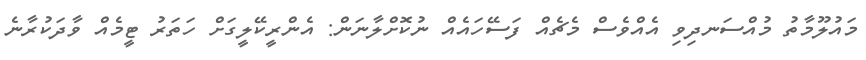
މައުލޫމާތު މުއްސަނދިވި އެއްވެސް މެޗެއް ފަސޭހައެއް ނުކޮށްލާނަން: އެންރީކޭލީގަށް ހަތަރު ޓީމެއް ވާދަކުރާނެ